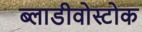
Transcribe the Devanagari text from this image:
ब्लाडीवोस्टोक